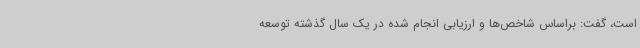
است، گفت: براساس شاخص‌ها و ارزیابی انجام شده در یک سال گذشته توسعه